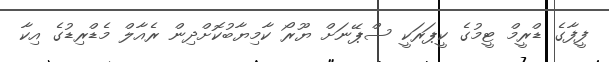
ފީފާގެ ޑްރީމް ޓީމުގެ ކީޕަރަކީ ސްޕޭނަށް ޔޫރޯ ކާމިޔާބުކޮށްދިން ރެއާލް މެޑްރިޑުގެ އިކާ